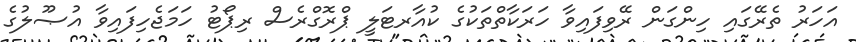
އަހަރު ތެރޭގައި ހިންގަން ރޭވިފައިވާ ހަރަކާތްތަކުގެ ކުއާރޓަލީ ޕްރޮގްރެސް ރިޕޯޓު ހަމަޖެހިފައިވާ އުޞޫލުގެ